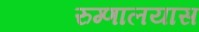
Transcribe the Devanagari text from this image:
रुग्णालयास